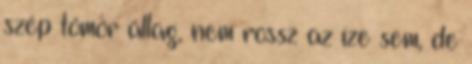
szép tömör állag, nem rossz az íze sem, de